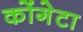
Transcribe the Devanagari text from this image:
कोंगेटा